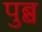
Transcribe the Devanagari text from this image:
पुब्ब